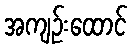
အကျဉ်းထောင်